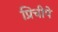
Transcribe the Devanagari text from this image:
प्रिचीपे